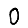
Digit: 0